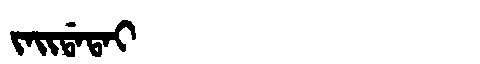
Manchu: ᠵᠠᡳᡩᠠᡨᠠᡳ
Romanization: JAIDATAI